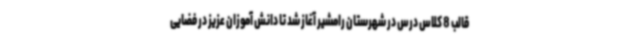
قالب 8 کلاس درس در شهرستان رامشیر آغاز شد تا دانش آموزان عزیز در فضایی